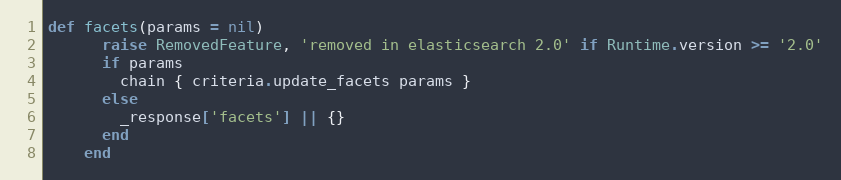
Language: Ruby
def facets(params = nil)
      raise RemovedFeature, 'removed in elasticsearch 2.0' if Runtime.version >= '2.0'
      if params
        chain { criteria.update_facets params }
      else
        _response['facets'] || {}
      end
    end